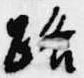
路